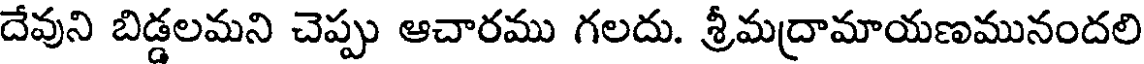
దేవుని బిడ్డలమని చెప్పు ఆచారము గలదు. శ్రీమద్రామాయణమునందలి